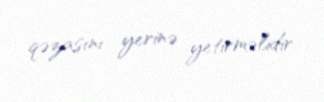
qəzasını yerinə yetirməlidir.